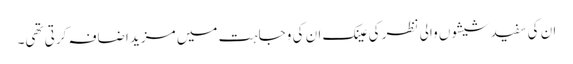
ان کی سفید شیشوں والی نظر کی عینک ان کی وجاہت میں مزید اضافہ کرتی تھی۔